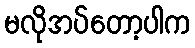
မလိုအပ်တော့ပါက